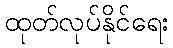
ထုတ်လုပ်နိုင်ရေး